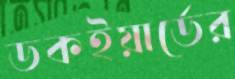
ডকইয়ার্ডের